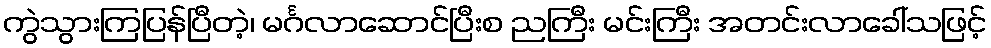
ကွဲသွားကြပြန်ပြီတဲ့၊ မင်္ဂလာဆောင်ပြီးစ ညကြီး မင်းကြီး အတင်းလာခေါ်သဖြင့်